Calcutta medical institutions reports 1879-81 [i.e.91]
Year: 1879
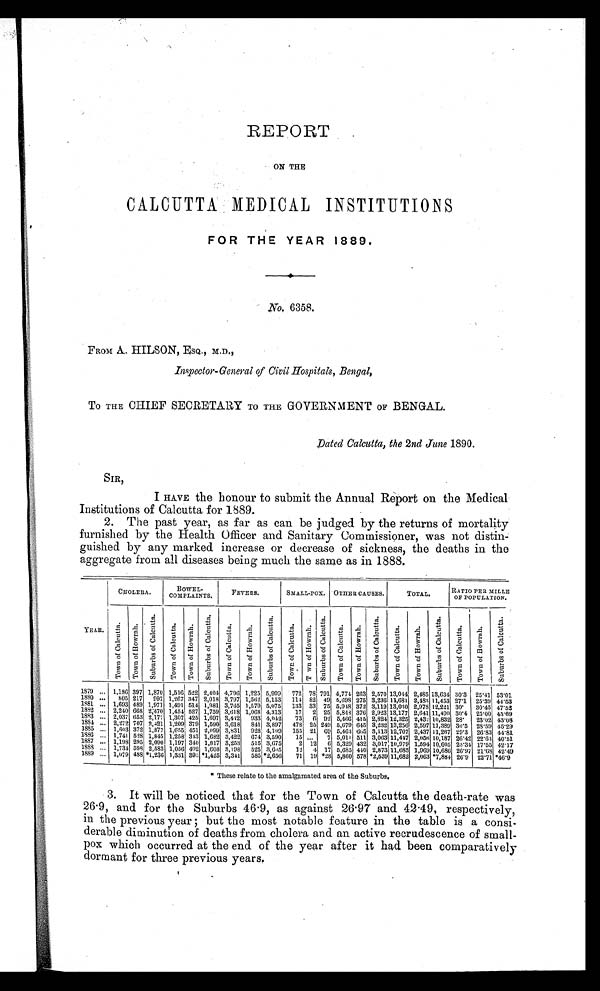
REPORT
ON THE
CALCUTTA MEDICAL INSTITUTIONS
FOR THE YEAR 1889.
N o .
6 3 5 8 .
FROM A. HILSON, ESQ., M.D.,
Inspector-General of Civil Hospitals, Bengal,
To THE CHIEF SECRETARY TO THE GOVERNMENT OF BENGAL.
Dated Calcutta, the 2nd June 1890.
SIR,
I HAVE the honour to submit the Annual Report on the Medical
Institutions of Calcutta for 1889.
2. The past year, as far as can be judged by the returns of mortality
furnished by the Health Officer and Sanitary Commissioner, was not distin-
guished by any marked increase or decrease of sickness, the deaths in the
aggregate from all diseases being much the same as in 1888.
YEAR.
CHOLERA.
BOWEL-
COMPLAINTS.
FEVERS.
SMALL-POX. OTHER CAUSES.
TOTAL.
RATI O PER MI LLE
OF POPULATION.
T o w n o f C a l c u t t a .
To wn o f Ho wr a h . S u b u r b s o f C a l c u t t a .
T o w n o f C a l c u t t a . T o w n o f H o w r a h . S u b u r b s o f C a l c u t t a .
T o w n o f C a l c u t t a .
T o w n o f H o w r a h . S u b u r b s o f C a l c u t t a .
T o w n o f C a l c u t t a . T o w n o f H o w r a h . S u b u r b s o f C a l c u t t a .
T o w n o f C a l c u t t a .
T o w n o f H o w r a h . S u b u r b s o f C a l c u t t a .
T o w n o f C a l c u t t a .
T o w n o f H o w r a h .
S u b u r b s o f C a l c u t t a .
T o w n o f C a l c u t t a .
T o w n o f H o w r a h .
S u b u r b s o f C a l c u t t a .
1879
1,186 397 1,870 1,516 522 2,404 4,796 1,225 5,999 772 78 791 4,774 263 2,570 13,044 2,485 13,634 30.3 25.41 53.01
1880
8 0 5 217 997 1,267 347 2,018 3,797 1,562 5,153 114 82 49 5,698 275 3,236 11,681 2,483 11,453 27.1 25.39 44.53
1881
1,693 489 1,971 1,491 514 1,981 3,765 1,570 5,075 133 33 75 5,948 372 3,119113,0:10 2,978 12,221 30. 30.45 47.52
1882
2,240 668 2;470 1,451 527 1,759 3,018 1,068 4,313
17 2 25 5,848 376 2,923 13,177 2,641 11,490 30.4 25.00 45.69
1883
2,037 653 2,177 1,307 425 1,697 3,442 933 4,042
73
6 92 5,466 415 2,824 12,325 2,432 10,832 28. 23.02 43.08
1884
2,272 707 2,421 1,209 379 1,590 3,618 841 3,897 478 25 249 5,679 645 3,232 13,256 2,597 11,389 30.5 28.59 45.29
1885
1,603 372 1,877 1,655 451 2,099 3,831 928 4,109 155 21 69 5,463 665 3,113 12,707 2,437 11,267 29.3 26.83 44.81
1886
1,741 528 1,845 1,258 343 1,682 3,422 674 3,590
15 ...
7 5,011 511 3,063 11,447 2,056 10,187 26.42 22.63 40.51
1887
1,198 295 2,090 1,197 340 1,817 3,253 515 3,675
2 12
6 5,329 432 3,017 10,979 1,594 10,605 25.34 17.55 42.17
1888
1,734 598 2,583 1,056 402 1,608 3,198 525 3,605
12 4 17 5,685 440 2,873 11,685 1,969 10,686 26.97 21.68 42.49
1889
1,079 488 *1,236 1,331 393 *1,425 3,341 585 *2,656
71 19 *28 5,860 578 *2,539 11,682 2,063 *7,884 26.9 22.71 *46.9
* These relate to the amalgamated area of the Suburbs.
3. It will be noticed that for the Town of Calcutta the death-rate was
26.9, and for the Suburbs 46.9, as against 26.97 and 42.49, respectively,
in the previous year; but the most notable feature in the table is a consi-
-derable diminution of deaths from cholera and an active recrudescence of small--
pox which occurred at the end of the year after it had been comparatively
dormant for three previous years.